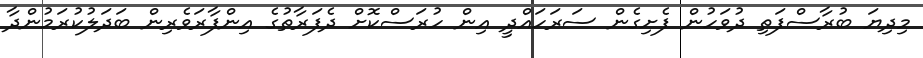
މިދިޔަ ބުރާސްފަތި ދުވަހުން ފެށިގެން ސަރަހައްދީ އިން ހުރަސްކޮށް ދެފަރާތުގެ އިންފާރަވެރިން ބަދަލުކުރަމުންދާ